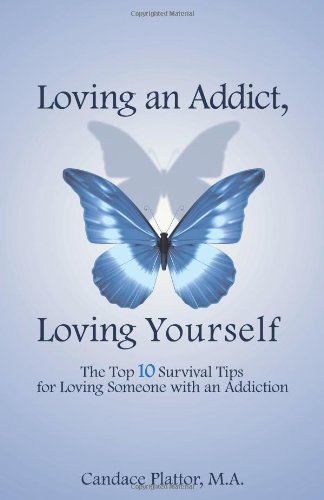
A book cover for Loving an Addict, Loving Yourself; Candace Plattor; Self-Help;